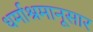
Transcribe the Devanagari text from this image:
धर्माश्रमानूसार